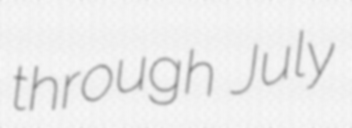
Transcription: through July